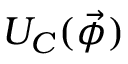
U _ { C } ( \vec { \phi } )